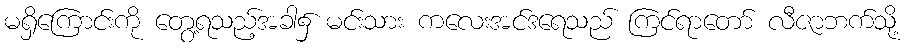
မရှိကြောင်းကို တွေ့ရသည့်အခါ၌ မင်းသား ကလေးအင်ဒရေသည် ကြင်ရာတော် လီဇာဘက်သို့